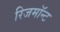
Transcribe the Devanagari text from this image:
रिजमॉन्ट